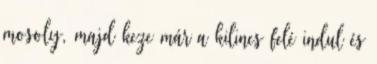
mosoly, majd keze már a kilincs felé indul és